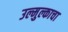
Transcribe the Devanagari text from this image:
उल्मुल्काचा